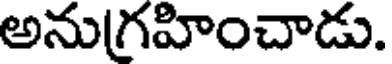
అనుగ్రహించాడు.